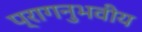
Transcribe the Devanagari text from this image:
प्रागनुभवीय